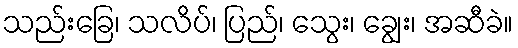
သည်းခြေ၊ သလိပ်၊ ပြည်၊ သွေး၊ ချွေး၊ အဆီခဲ။